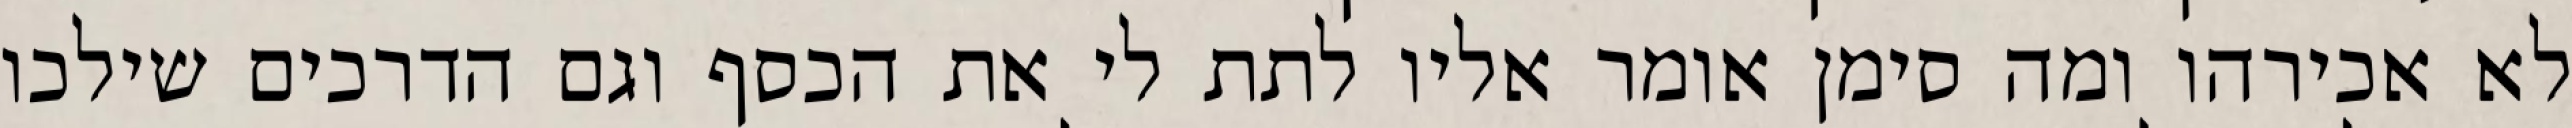
לא אכירהו ומה סימן אומר אליו לתת לי את הכסף וגם הדרכים שילכו